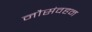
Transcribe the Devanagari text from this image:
नौसंवहन